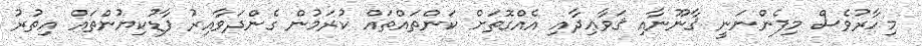
މިހާރުވެސް މިފެންނަނީ ޤާނޫނާއި ޤަވާޢިދާއި އެއްގޮތަށް ކަންތައްތައް ކުރަމުން ގެންދަވާއިރު ފާޑުކިޔުންތައް އިތުރު